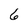
Character: 6